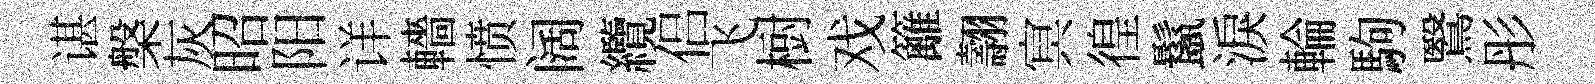
谌槃灰昭阳详轖愤阔纜侣飞𣗳戏籬翿㝠徨鬣淚輪駒鷖彤